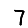
Digit: 7